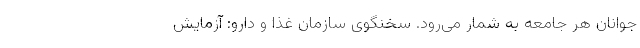
جوانان هر جامعه به شمار می‌رود. سخنگوی سازمان غذا و دارو: آزمایش